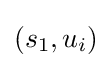
(s_{1},u_{i})